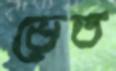
ভেত